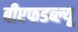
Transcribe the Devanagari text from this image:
बीएफडब्ल्यू